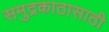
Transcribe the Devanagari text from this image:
समुद्रकाठासाठी